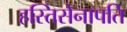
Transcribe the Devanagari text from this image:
हस्तिसेनापति